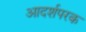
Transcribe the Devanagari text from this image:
आदर्शपरक